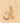
إن